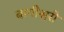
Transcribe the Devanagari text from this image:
बागीश्वरी